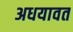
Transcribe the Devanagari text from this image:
अधयावत